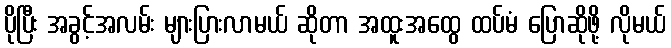
ပိုပြီး အခွင့်အလမ်း များပြားလာမယ် ဆိုတာ အထူးအထွေ ထပ်မံ ပြောဆိုဖို့ လိုမယ်